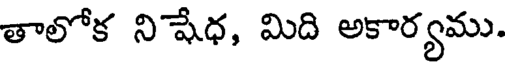
తాలోక నిషేధ, మిది అకార్యము.